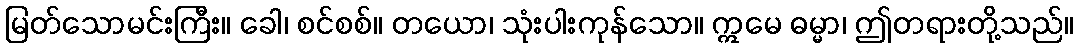
မြတ်သောမင်းကြီး။ ခေါ၊ စင်စစ်။ တယော၊ သုံးပါးကုန်သော။ ဣမေ ဓမ္မာ၊ ဤတရားတို့သည်။